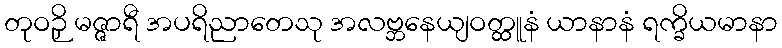
တုဝဉှိ မဇ္ဇာရီ အပရိညာတေသု အလဗ္ဘနေယျဝတ္ထူနံ ယာနာနံ ရက္ခိယမာနာ